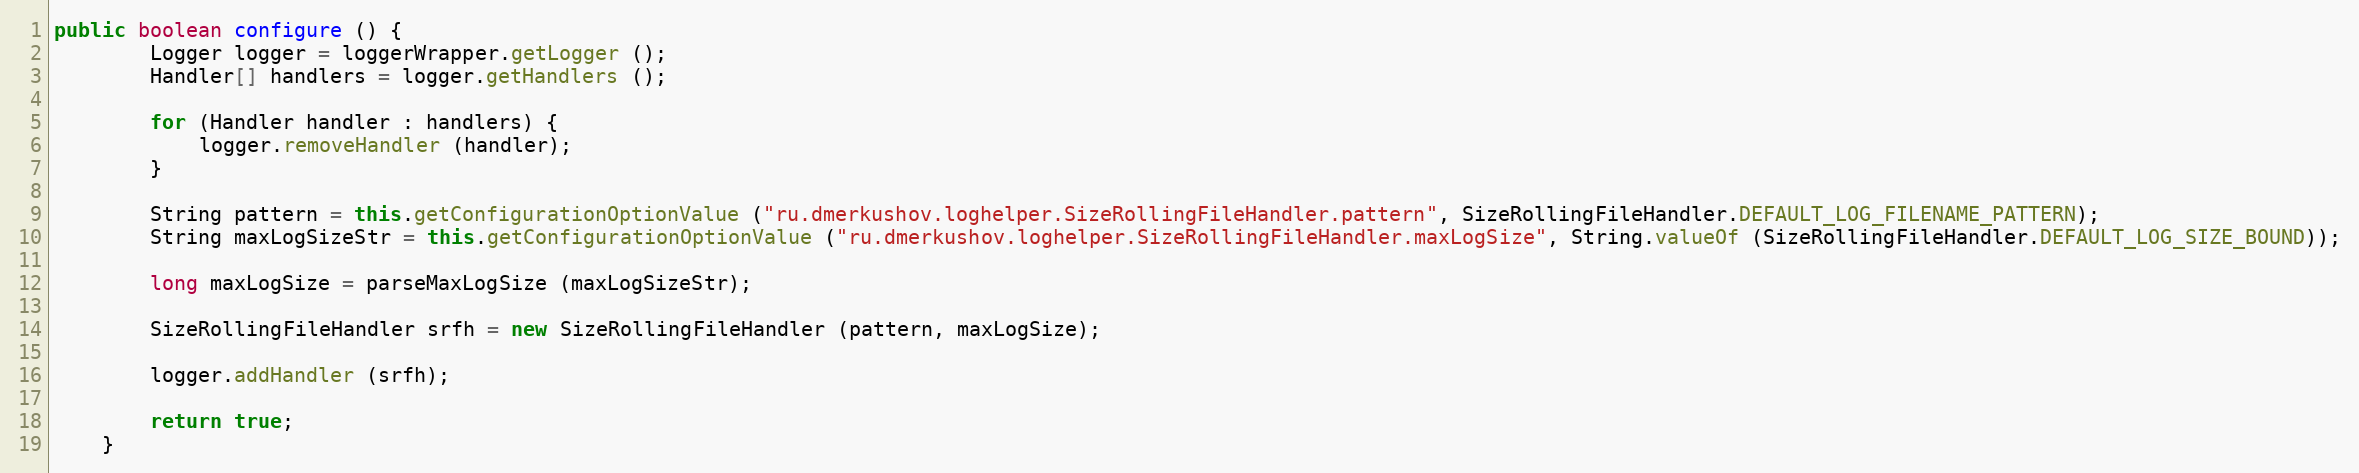
Language: Java
public boolean configure () {
		Logger logger = loggerWrapper.getLogger ();
		Handler[] handlers = logger.getHandlers ();

		for (Handler handler : handlers) {
			logger.removeHandler (handler);
		}

		String pattern = this.getConfigurationOptionValue ("ru.dmerkushov.loghelper.SizeRollingFileHandler.pattern", SizeRollingFileHandler.DEFAULT_LOG_FILENAME_PATTERN);
		String maxLogSizeStr = this.getConfigurationOptionValue ("ru.dmerkushov.loghelper.SizeRollingFileHandler.maxLogSize", String.valueOf (SizeRollingFileHandler.DEFAULT_LOG_SIZE_BOUND));

		long maxLogSize = parseMaxLogSize (maxLogSizeStr);

		SizeRollingFileHandler srfh = new SizeRollingFileHandler (pattern, maxLogSize);

		logger.addHandler (srfh);

		return true;
	}